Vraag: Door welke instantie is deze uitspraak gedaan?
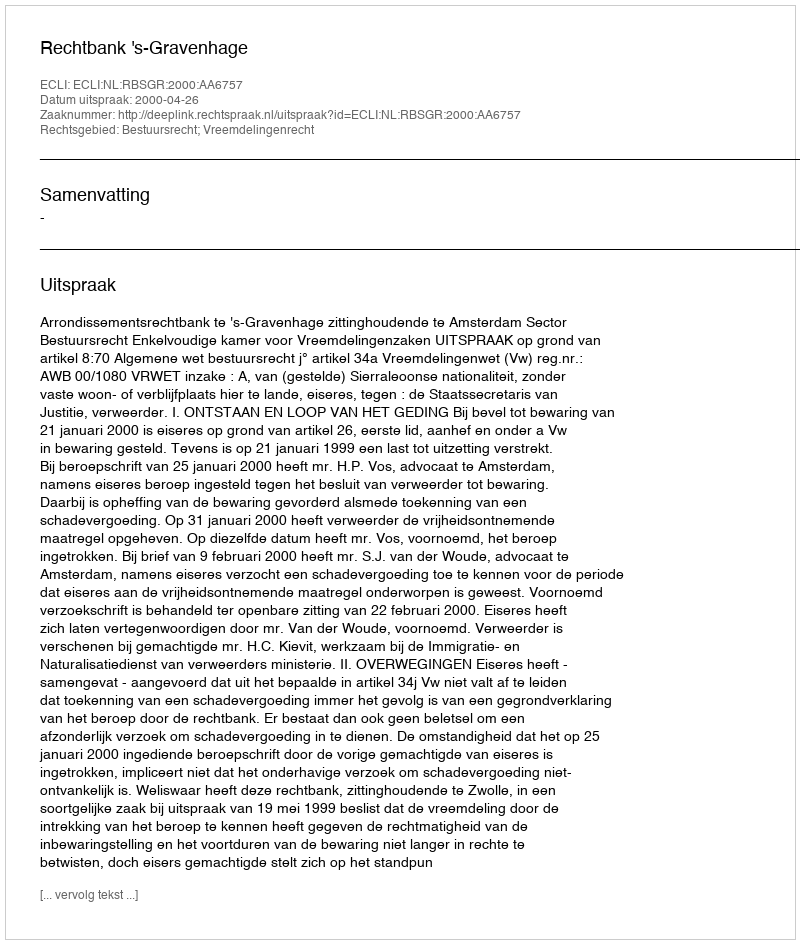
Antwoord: Rechtbank 's-Gravenhage